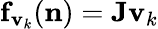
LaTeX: {\mathbf f}_{{\mathbf v}_{k}}({\mathbf n})={\mathbf J}{\mathbf v}_{k}